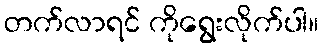
တက်လာရင် ကိုရွေးလိုက်ပါ။